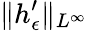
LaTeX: \| h_{\epsilon}^{\prime}\| _{L^{\infty}}